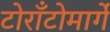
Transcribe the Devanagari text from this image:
टोराँटोमार्गे